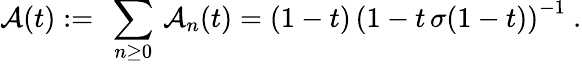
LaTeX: {\cal A}(t):=\ \sum_{n\ge 0}\, {\cal A}_{n}(t)=(1-t)\, \left(1-t\, \sigma(1-t)\right)^{-1}\ .